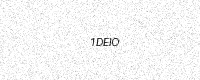
Text: 1DEIO